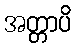
အတ္တာပိ